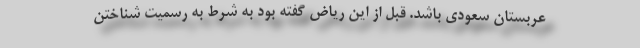
عربستان سعودی باشد. قبل از این ریاض گفته بود به شرط به رسمیت شناختن